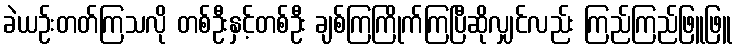
ခဲယဉ်းတတ်ကြသလို တစ်ဦးနှင့်တစ်ဦး ချစ်ကြကြိုက်ကြပြီဆိုလျှင်လည်း ကြည်ကြည်ဖြူဖြူ